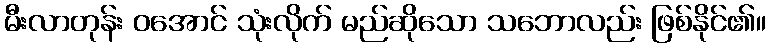
မီးလာတုန်း ဝအောင် သုံးလိုက် မည်ဆိုသော သဘောလည်း ဖြစ်နိုင်၏။